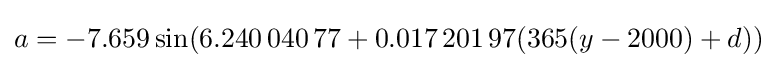
a=-7.659\sin(6.240\,040\,77+0.017\,201\,97(365(y-2000)+d))